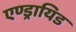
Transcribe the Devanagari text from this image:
एण्ड्रायिड